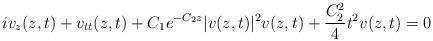
LaTeX: \begin{align*}iv_z(z,t)+ v_{tt}(z,t)+C_1e^{-C_2 z} |v(z,t)|^2v(z,t)+\frac{C_2^2}{4}t^2v(z,t)=0\end{align*}